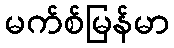
မက်စ်မြန်မာ